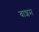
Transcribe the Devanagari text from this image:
वाशम